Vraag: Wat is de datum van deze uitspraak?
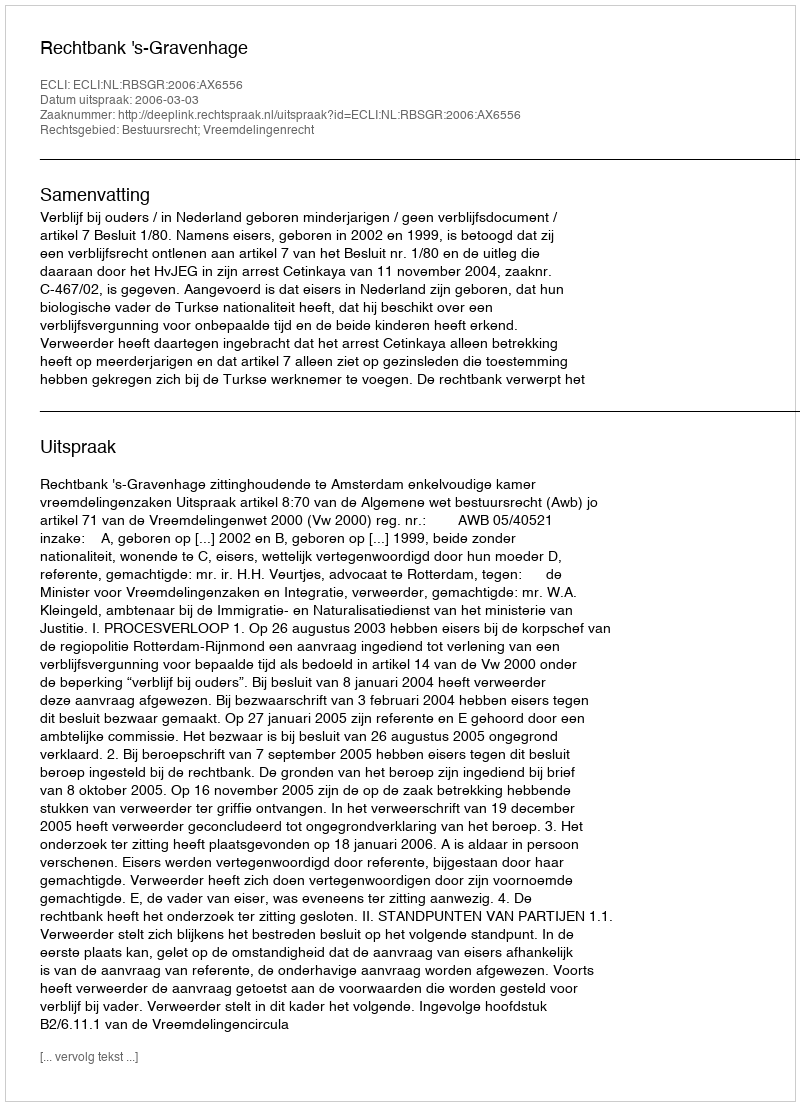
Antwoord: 2006-03-03